Annual report on the Civil Veterinary Department, Burma (including the Insein Veterinary School) - 1923-1931
Year: 1923
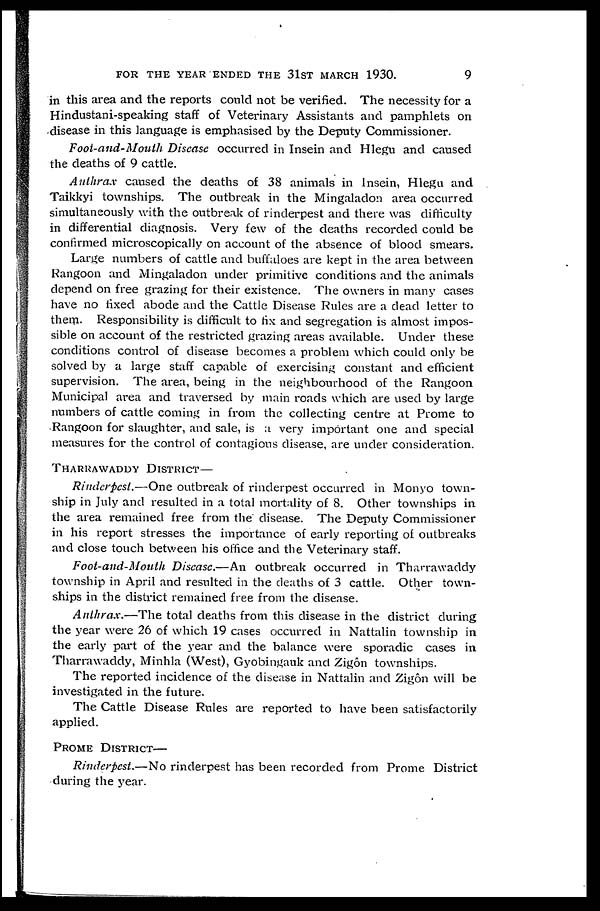
FOR THE YEAR ENDED THE 31ST MARCH 1930.
9
in this area and the reports could not be verified. The necessity for a
Hindustani-speaking staff of Veterinary Assistants and pamphlets on
disease in this language is emphasised by the Deputy Commissioner.
Foot-and-Mouth Disease occurred in Insein and Hlegu and caused
the deaths of 9 cattle.
Anthrax caused the deaths of 38 animals in Insein, Hlegu and
Taikkyi townships. The outbreak in the Mingaladon area occurred
simultaneously with the outbreak of rinderpest and there was difficulty
in differential diagnosis. Very few of the deaths recorded could be
confirmed microscopically on account of the absence of blood smears.
Large numbers of cattle and buffaloes are kept in the area between
Rangoon and Mingaladon under primitive conditions and the animals
depend on free grazing for their existence. The owners in many cases
have no fixed abode and the Cattle Disease Rules are a dead letter to
them. Responsibility is difficult to fix and segregation is almost impos-
sible on account of the restricted grazing areas available. Under these
conditions control of disease becomes a problem which could only be
solved by a large staff capable of exercising constant and efficient
supervision. The area, being in the neighbourhood of the Rangoon
Municipal area and traversed by main roads which are used by large
numbers of cattle coming in from the collecting centre at Prome to
Rangoon for slaughter, and sale, is a very important one and special
measures for the control of contagious disease, are under consideration.
THARRAWADDY DISTRICT—
Rinderpest.—One outbreak of rinderpest occurred in Monyo town-
ship in July and resulted in a total mortality of 8. Other townships in
the area remained free from the disease. The Deputy Commissioner
in his report stresses the importance of early reporting of outbreaks
and close touch between his office and the Veterinary staff.
Foot-and-Mouth Disease.—An outbreak occurred in Tharrawaddy
township in April and resulted in the deaths of 3 cattle. Other town-
ships in the district remained free from the disease.
Anthrax.—The total deaths from this disease in the district during
the year were 26 of which 19 cases occurred in Nattalin township in
the early part of the year and the balance were sporadic cases in
Tharrawaddy, Minhla (West), Gyobingauk and Zigon townships.
The reported incidence of the disease in Nattalin and Zigôn will be
investigated in the future.
The Cattle Disease Rules are reported to have been satisfactorily
applied.
PROME DISTRICT—
Rinderpest.—No rinderpest has been recorded from Prome District
during the year.